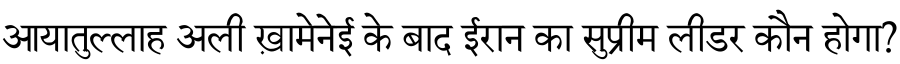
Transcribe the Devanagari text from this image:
आयातुल्लाह अली ख़ामेनेई के बाद ईरान का सुप्रीम लीडर कौन होगा?